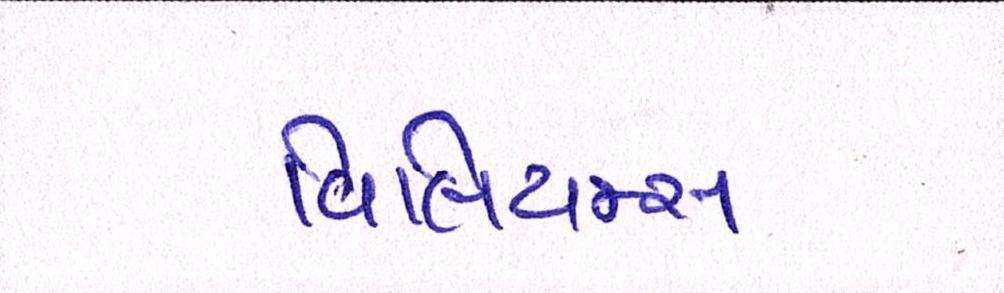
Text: વિલિયમ્સ